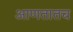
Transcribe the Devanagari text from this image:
आणतातच